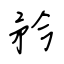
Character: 矜